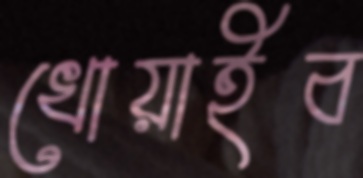
খোয়াইব